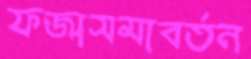
ফর্জাসমাবর্তন